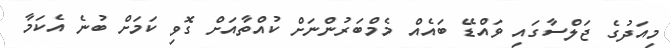
މިއަދުގެ ޖަލްސާގައި ވައްޑޭ ބައެއް މެމްބަރުންނަށް ކުއްތާއަށް ގޮވި ކަމަށް ބުނެ އެކަމާ